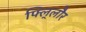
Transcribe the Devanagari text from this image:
फ्लि्लौर